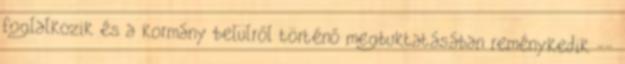
foglalkozik és a kormány belülről történő megbuktatásában reménykedik --